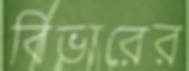
বিভারের